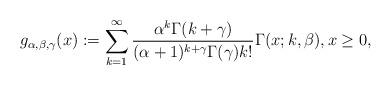
LaTeX: \begin{align*} g_{\alpha,\beta,\gamma}(x):= \sum_{k=1}^{\infty} \frac{\alpha^{k}\Gamma(k+\gamma)}{(\alpha+1)^{k+\gamma}\Gamma (\gamma)k!}\Gamma(x;k,\beta), x \ge 0, \end{align*}